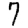
Digit: 7